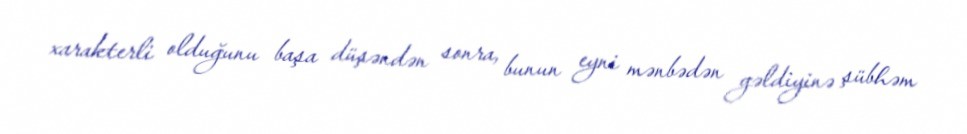
xarakterli olduğunu başa düşəndən sonra, bunun eyni mənbədən gəldiyinə şübhəm